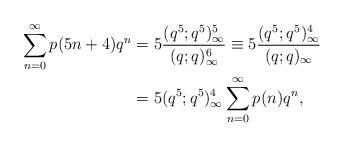
LaTeX: \begin{align*}\sum_{n=0}^{\infty}p(5n+4)q^{n} &=5\dfrac{(q^{5};q^{5})_{\infty}^{5}}{(q;q)_{\infty}^{6}}\equiv5\dfrac{(q^{5};q^{5})_{\infty}^{4}}{(q;q)_{\infty}}\\ &=5(q^{5};q^{5})_{\infty}^{4}\sum_{n=0}^{\infty}p(n)q^{n},\end{align*}